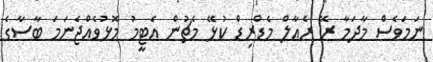
ނަމަވެސް މާދަމާ ރޭ ރެއާލް މެޑްރިޑް ކުޅޭ މެޗުން އެޓީމު މޮޅުވެއްޖެނަމަ ބާސާގެ